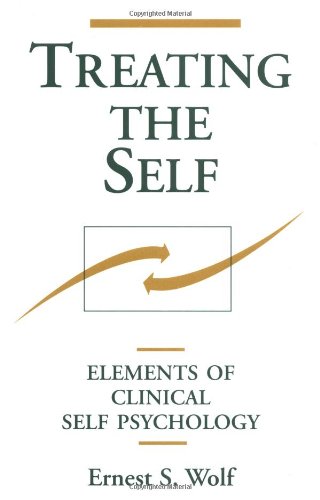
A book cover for Treating the Self: Elements of Clinical Self Psychology; Ernest S. Wolf MD; Medical Books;